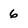
Character: 6